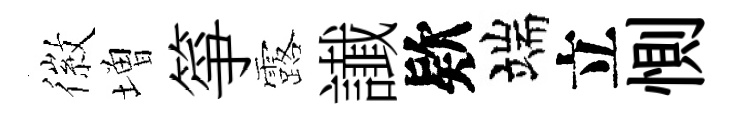
徽増箏露䜟欵端立惻